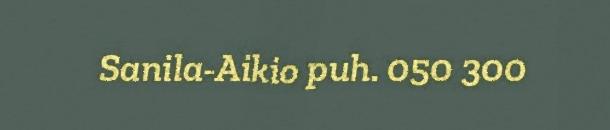
Sanila-Aikio puh. 050 300